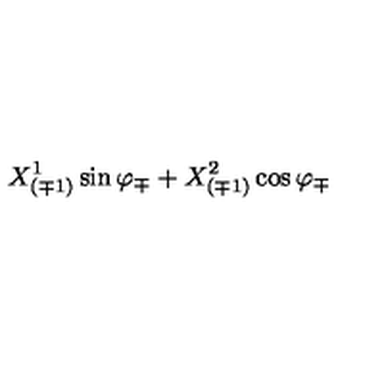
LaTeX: { X _ { ( \mp 1 ) } ^ { 1 } \sin \varphi _ { \mp } + X _ { ( \mp 1 ) } ^ { 2 } \cos \varphi _ { \mp } }